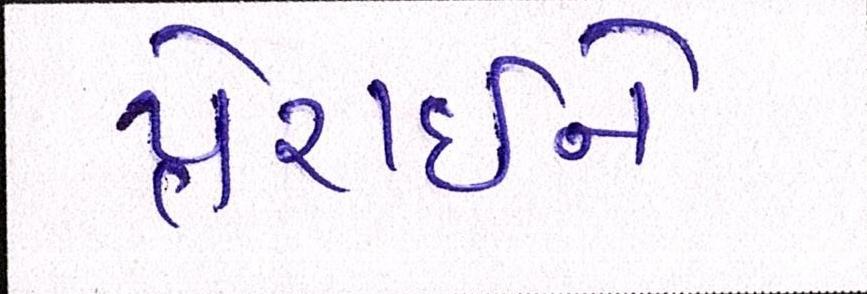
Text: પ્રેરાઇને